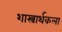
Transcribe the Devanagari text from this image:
शास्त्रार्थकला